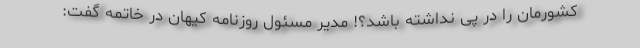
کشورمان را در پی نداشته باشد؟! مدیر مسئول روزنامه کیهان در خاتمه گفت: